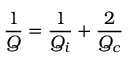
\frac { 1 } { Q } = \frac { 1 } { Q _ { i } } + \frac { 2 } { Q _ { c } }